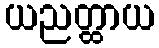
ယညတ္ထာယ